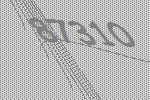
87310